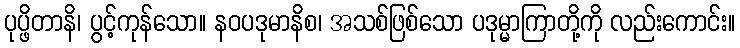
ပုပ္ဖိတာနိ၊ ပွင့်ကုန်သော။ နဝပဒုမာနိစ၊ အသစ်ဖြစ်သော ပဒုမ္မာကြာတို့ကို လည်းကောင်း။